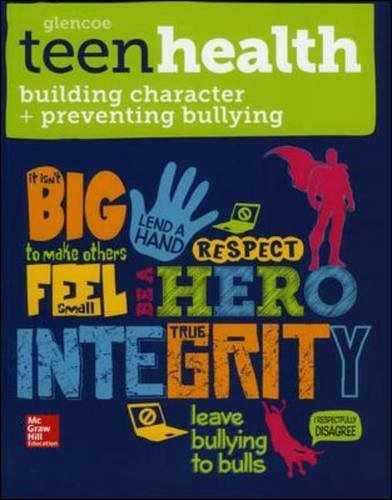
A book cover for Teen Health, Building Character and Preventing Bullying 2014; McGraw-Hill Education; Health, Fitness & Dieting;